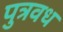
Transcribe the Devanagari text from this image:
पुत्रवध